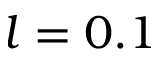
l = 0 . 1